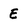
Character: E